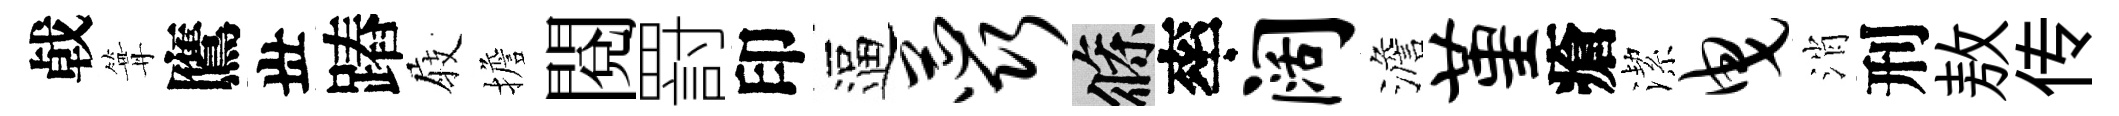
㦸篝鷹丗蹖𡲆擔閲罸印逼蕊條率阔澹堇瘡潔曳消刑敖传